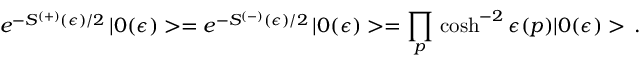
e ^ { - S ^ { ( + ) } ( \epsilon ) / 2 } \, | 0 ( \epsilon ) > = e ^ { - S ^ { ( - ) } ( \epsilon ) / 2 } \, | 0 ( \epsilon ) > = \prod _ { p } \, \cosh ^ { - 2 } \epsilon ( p ) | 0 ( \epsilon ) > \, .